Civil Veterinary Department Bihar & Orissa reports 1929-36 - 1929-1936
Year: 1929
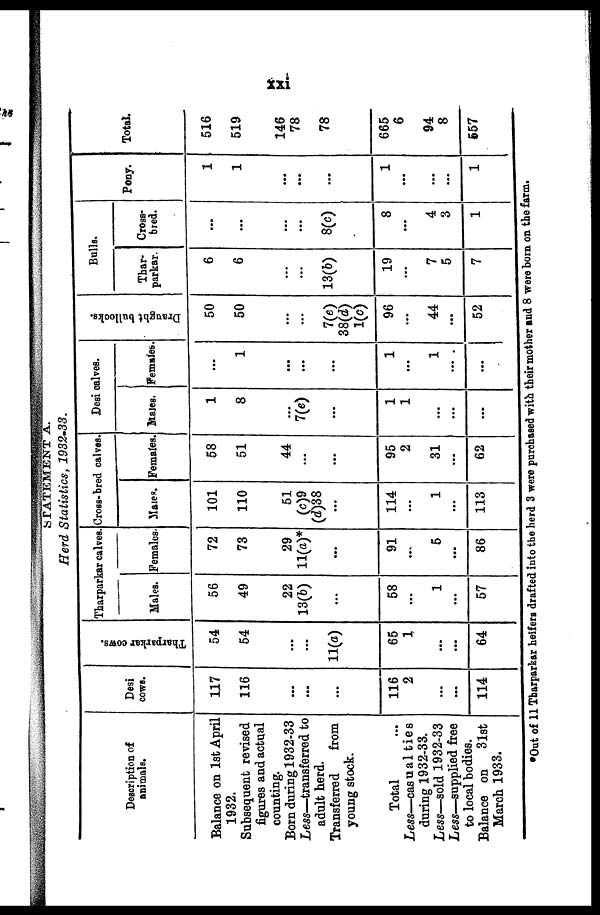
xxi
STATEMENT A.
Herd Statistics,
1932-33.
Description of
animals.
Balance on 1st April
1932.
Subsequent revised
figures and actual
counting.
Born during 1932-33
Less—transferred to
adult herd.
Transferred
from
young stock.
Total ...
Less—casualties
during 1932-33.
Less—sold 1932-33
Less—supplied free
to local bodies.
Balance on 31st
March 1933.
Desi
cows.
117
116
...
...
...
116
2
...
...
114
Tharparkar cows.
54
64
...
...
11(a)
65
1
...
...
64
Tharparkar calves
Males.
56
49
22
13(b)
...
58
...
1
...
57
Females
72
73
29
11(a)*
...
91
...
5
...
86
Cross- bred calves.
Males.
101
110
51
(c)9
(d)38
...
114
...
1
113
Females.
58
51
44
...
...
95
2
31
...
62
Desi calves.
Males.
1
8
...
7(e)
...
1
1
...
...
...
Females
...
1
...
...
...
1
...
1
...
...
Draught bullocks.
50
50
...
...
7(e)
38(d)
1(c)
96
...
44
...
52
Bulls.
Thar-
parkar.
6
6
...
...
13(b)
19
...
7
5
7
Cross-
bred.
...
...
...
...
8(c)
8
...
4
3
1
Pony.
1
1
...
...
...
1
...
...
...
1
Total.
516
519
146
78
78
665
6
94
8
657
*Out of 11 Tharparkar heifers drafted into the herd 3 were purchased with their mother and 8 were born on the farm.